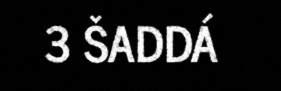
3 ŠADDÁ